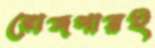
রোজগারই